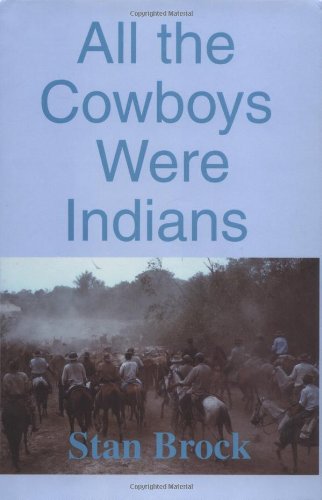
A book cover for All the Cowboys Were Indians; Stan Brock; Travel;